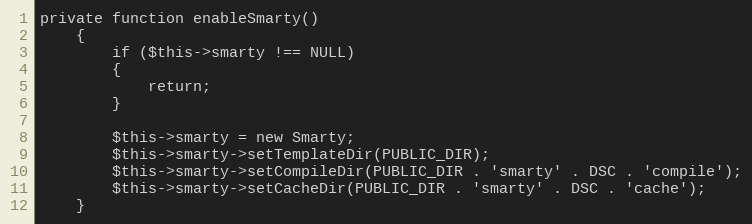
Language: PHP
private function enableSmarty()
    {
        if ($this->smarty !== NULL)
        {
            return;
        }

        $this->smarty = new Smarty;
        $this->smarty->setTemplateDir(PUBLIC_DIR);
        $this->smarty->setCompileDir(PUBLIC_DIR . 'smarty' . DSC . 'compile');
        $this->smarty->setCacheDir(PUBLIC_DIR . 'smarty' . DSC . 'cache');
    }